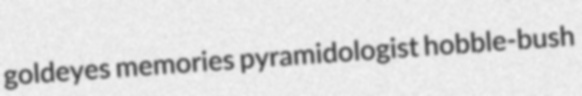
goldeyes memories pyramidologist hobble-bush